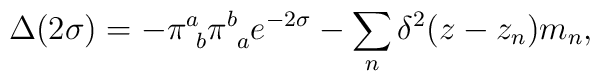
\Delta (2\sigma) =-\pi^a_{\ b}\pi^b_{\ a}e^{-2\sigma}-\sum_n\delta^2(z -z_n)m_n,